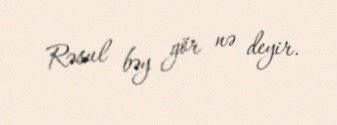
Rəsul bəy gör nə deyir.